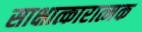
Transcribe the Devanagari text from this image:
साक्षात्कारात्मक